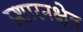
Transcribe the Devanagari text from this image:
प्रशारनक्षेत्र